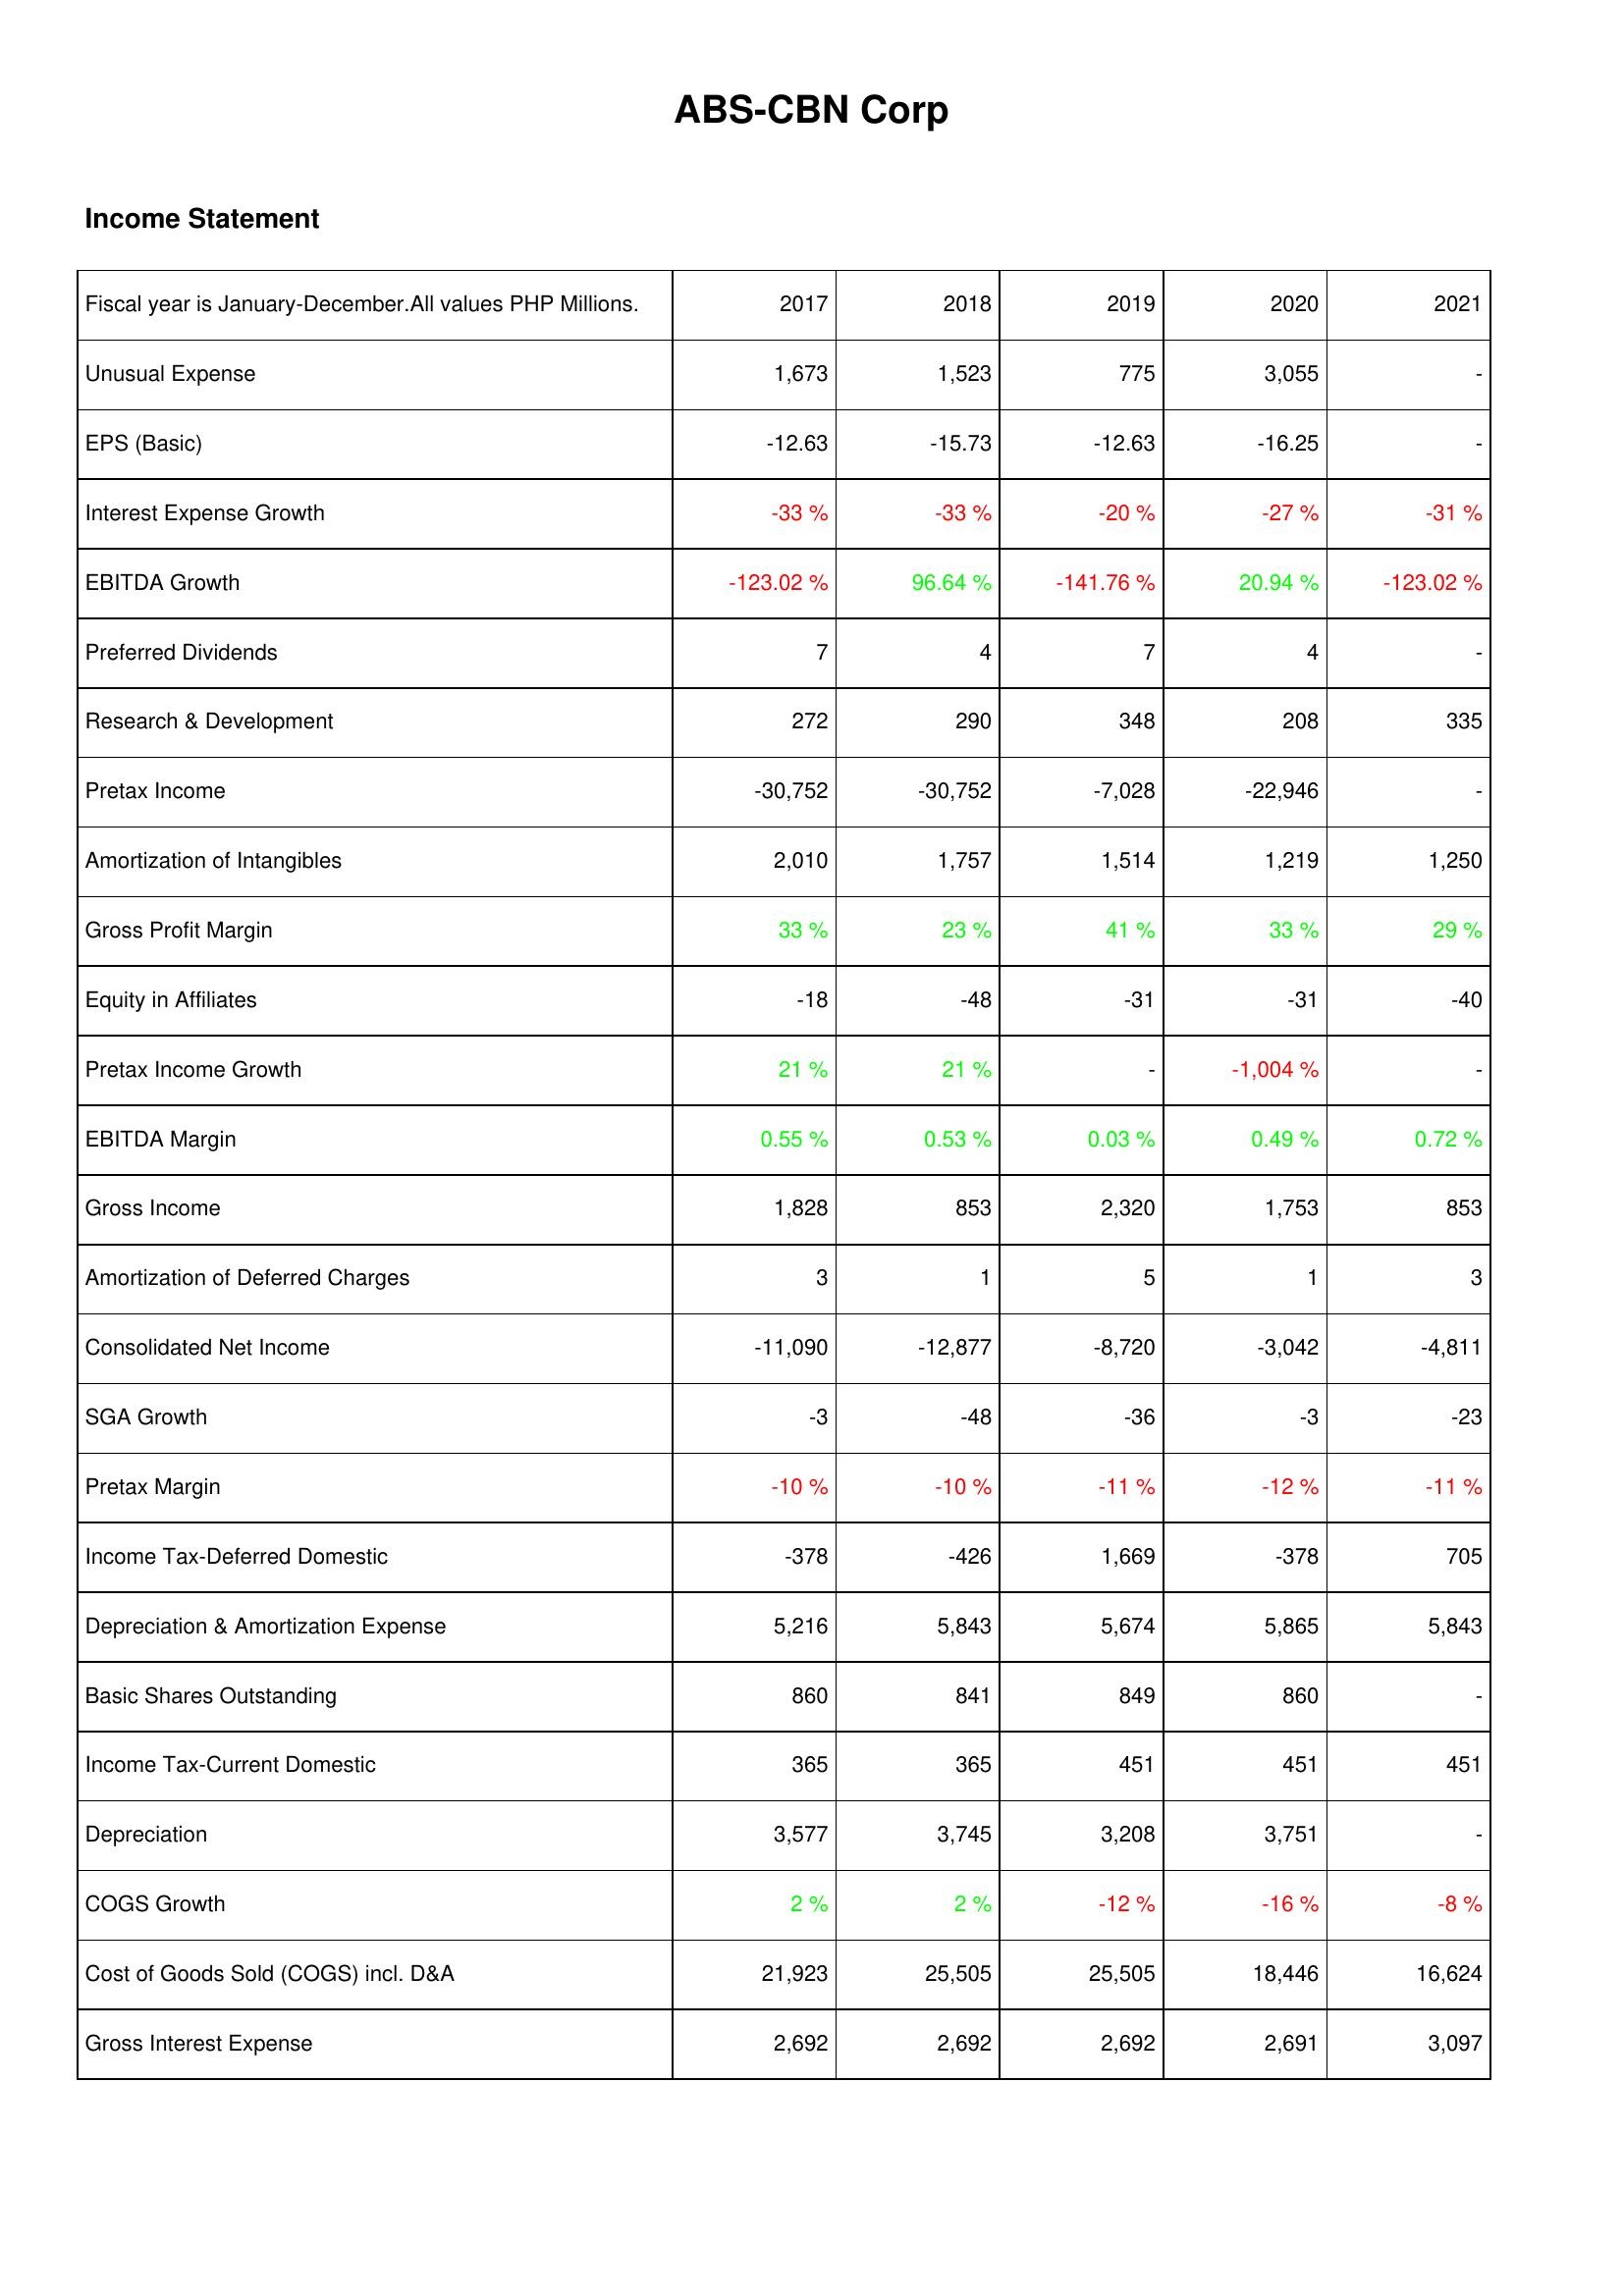
2017: Income Statement: Unusual Expense: 1,673
EPS (Basic): -12.63
Interest Expense Growth: -33 %
EBITDA Growth: -123.02 %
Preferred Dividends: 7
Research & Development: 272
Pretax Income: -30,752
Amortization of Intangibles: 2,010
Gross Profit Margin: 33 %
Equity in Affiliates: -18
Pretax Income Growth: 21 %
EBITDA Margin: 0.55 %
Gross Income: 1,828
Amortization of Deferred Charges: 3
Consolidated Net Income: -11,090
SGA Growth: -3
Pretax Margin: -10 %
Income Tax-Deferred Domestic: -378
Depreciation & Amortization Expense: 5,216
Basic Shares Outstanding: 860
Income Tax-Current Domestic: 365
Depreciation: 3,577
COGS Growth: 2 %
Cost of Goods Sold (COGS) incl. D&A: 21,923
Gross Interest Expense: 2,692
2018: Income Statement: Unusual Expense: 1,523
EPS (Basic): -15.73
Interest Expense Growth: -33 %
EBITDA Growth: 96.64 %
Preferred Dividends: 4
Research & Development: 290
Pretax Income: -30,752
Amortization of Intangibles: 1,757
Gross Profit Margin: 23 %
Equity in Affiliates: -48
Pretax Income Growth: 21 %
EBITDA Margin: 0.53 %
Gross Income: 853
Amortization of Deferred Charges: 1
Consolidated Net Income: -12,877
SGA Growth: -48
Pretax Margin: -10 %
Income Tax-Deferred Domestic: -426
Depreciation & Amortization Expense: 5,843
Basic Shares Outstanding: 841
Income Tax-Current Domestic: 365
Depreciation: 3,745
COGS Growth: 2 %
Cost of Goods Sold (COGS) incl. D&A: 25,505
Gross Interest Expense: 2,692
2019: Income Statement: Unusual Expense: 775
EPS (Basic): -12.63
Interest Expense Growth: -20 %
EBITDA Growth: -141.76 %
Preferred Dividends: 7
Research & Development: 348
Pretax Income: -7,028
Amortization of Intangibles: 1,514
Gross Profit Margin: 41 %
Equity in Affiliates: -31
Pretax Income Growth: -
EBITDA Margin: 0.03 %
Gross Income: 2,320
Amortization of Deferred Charges: 5
Consolidated Net Income: -8,720
SGA Growth: -36
Pretax Margin: -11 %
Income Tax-Deferred Domestic: 1,669
Depreciation & Amortization Expense: 5,674
Basic Shares Outstanding: 849
Income Tax-Current Domestic: 451
Depreciation: 3,208
COGS Growth: -12 %
Cost of Goods Sold (COGS) incl. D&A: 25,505
Gross Interest Expense: 2,692
2020: Income Statement: Unusual Expense: 3,055
EPS (Basic): -16.25
Interest Expense Growth: -27 %
EBITDA Growth: 20.94 %
Preferred Dividends: 4
Research & Development: 208
Pretax Income: -22,946
Amortization of Intangibles: 1,219
Gross Profit Margin: 33 %
Equity in Affiliates: -31
Pretax Income Growth: -1,004 %
EBITDA Margin: 0.49 %
Gross Income: 1,753
Amortization of Deferred Charges: 1
Consolidated Net Income: -3,042
SGA Growth: -3
Pretax Margin: -12 %
Income Tax-Deferred Domestic: -378
Depreciation & Amortization Expense: 5,865
Basic Shares Outstanding: 860
Income Tax-Current Domestic: 451
Depreciation: 3,751
COGS Growth: -16 %
Cost of Goods Sold (COGS) incl. D&A: 18,446
Gross Interest Expense: 2,691
2021: Income Statement: Unusual Expense: -
EPS (Basic): -
Interest Expense Growth: -31 %
EBITDA Growth: -123.02 %
Preferred Dividends: -
Research & Development: 335
Pretax Income: -
Amortization of Intangibles: 1,250
Gross Profit Margin: 29 %
Equity in Affiliates: -40
Pretax Income Growth: -
EBITDA Margin: 0.72 %
Gross Income: 853
Amortization of Deferred Charges: 3
Consolidated Net Income: -4,811
SGA Growth: -23
Pretax Margin: -11 %
Income Tax-Deferred Domestic: 705
Depreciation & Amortization Expense: 5,843
Basic Shares Outstanding: -
Income Tax-Current Domestic: 451
Depreciation: -
COGS Growth: -8 %
Cost of Goods Sold (COGS) incl. D&A: 16,624
Gross Interest Expense: 3,097